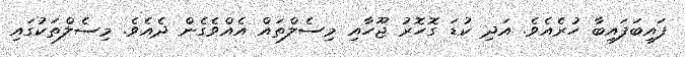
ފައިބަފައިބާ ހުރެއެވެ. އަދި ކުޑަ ގޮހޮރު ޖޫހާއި މިސެލްތައް އެއްވެގެން ދެއެވެ. މިސެލްތަކުގައި